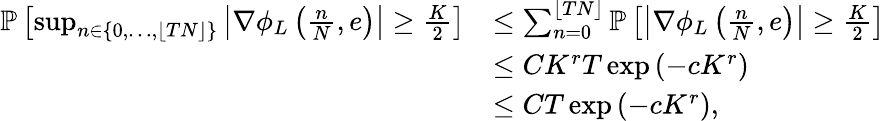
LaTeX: \begin{array}{rl}{\mathbb{P}\left[\operatorname*{sup}_{n\in\left\{ 0,\ldots,\lfloor TN\rfloor\right\} }\left|\nabla\phi_{L}\left(\frac{n}{N},e\right)\right|\geq\frac{K}{2}\right]}&{\leq\sum_{n=0}^{\lfloor TN\rfloor}\mathbb{P}\left[\left|\nabla\phi_{L}\left(\frac{n}{N},e\right)\right|\geq\frac{K}{2}\right]}\\ &{\leq CK^{r}T\exp\left(-cK^{r}\right)}\\ &{\leq CT\exp\left(-cK^{r}\right),}\end{array}